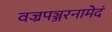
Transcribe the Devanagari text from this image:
वज्रपञ्जरनामेदं